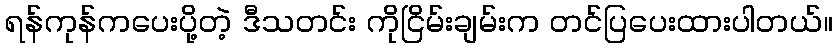
ရန်ကုန်ကပေးပို့တဲ့ ဒီသတင်း ကိုငြိမ်းချမ်းက တင်ပြပေးထားပါတယ်။